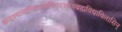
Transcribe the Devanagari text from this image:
कन्दश्यामाभिरामप्रथितदशरथब्रह्मविद्याविलासिन्